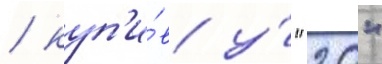
/ куп'и́в у́ "20"